Eesti_Ajutise_Maavalitsuse_haridusosakond, lk 71
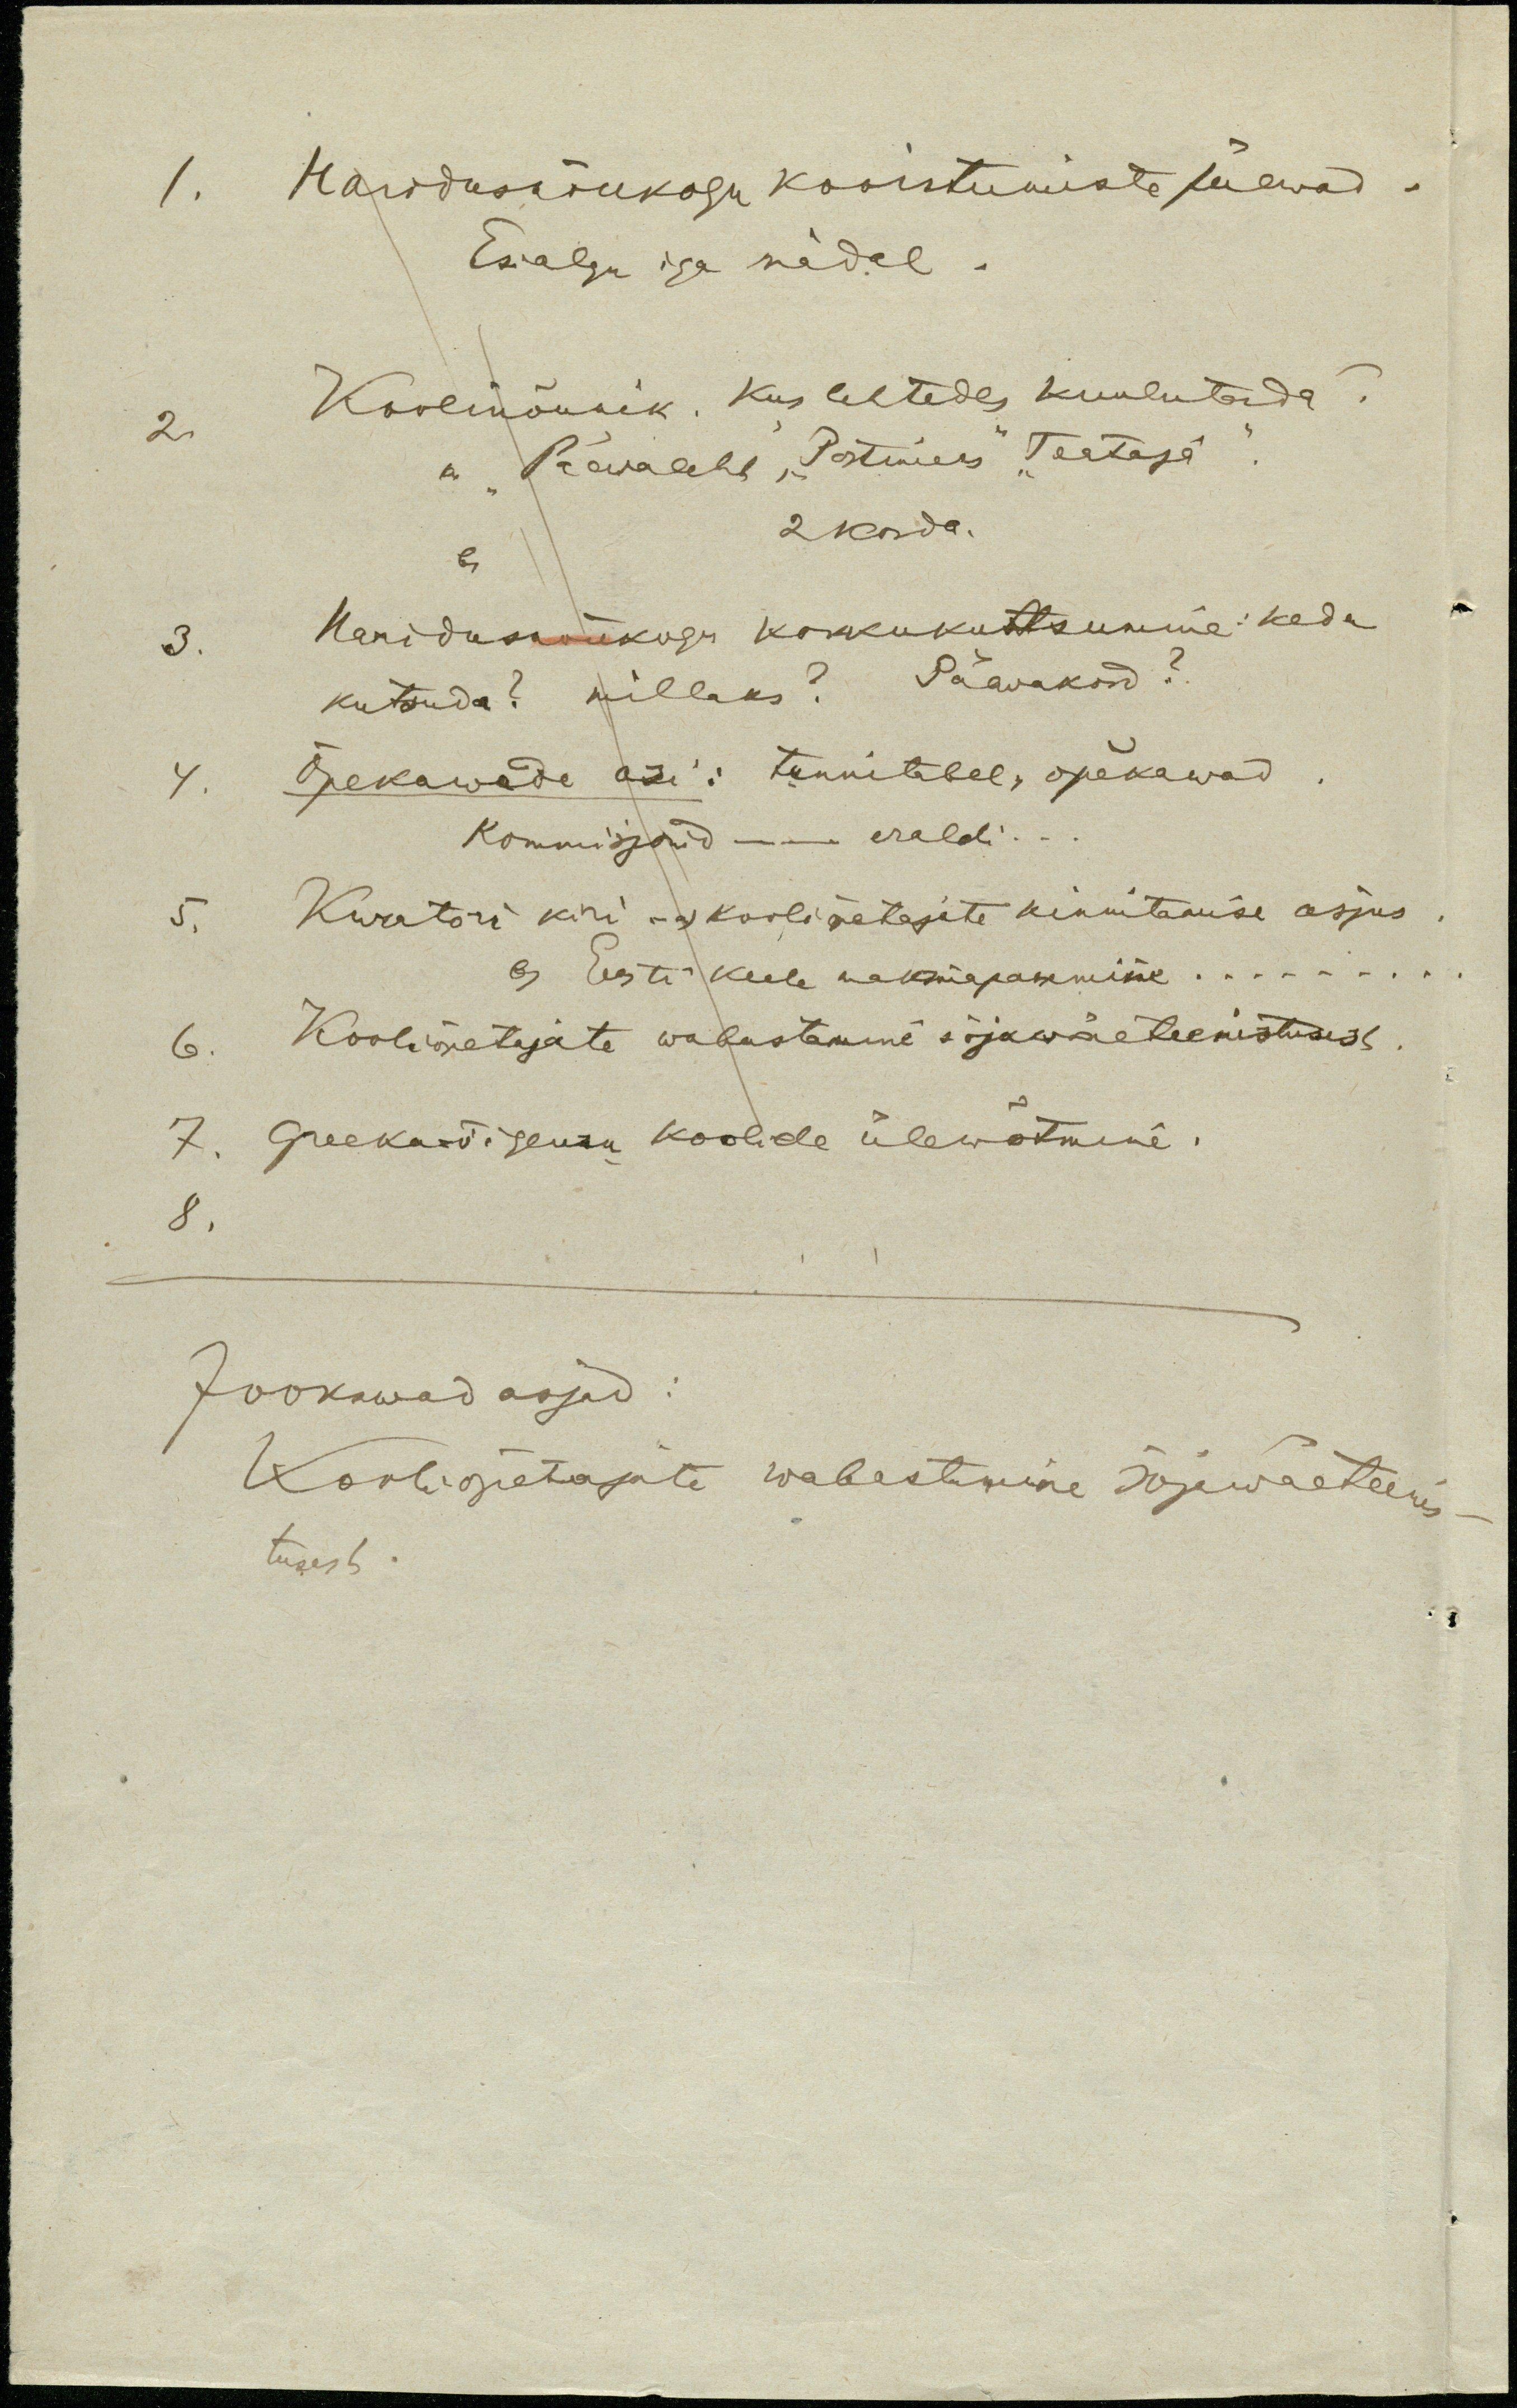
1. Haridusnõukogu kooistumiste päewad.
Esialgu iga nädal.
2
Koolinõunik. Kus lehtedes kuulutada.
a. "Päevaleht", "Postmees" "Teataja"
b. 2 korda.
3. Haridusnõukogu kokkukutsumine: keda
kutsuda? millaks? Päavakord?
4. Õpekawade asi: tunnitabel, õpekawad
kommisjonid - eraldi.
5. Kuratori kiri - a) kooliõpetajate kinnitamise asjus
b) Eesti keele maksmapanemisek...
6. Kooliõpetejate wabastamine sõjawäeteenistusest
7. Greeka õigeusu koolide ülewõtmine.
8.
Jookswad asjad:
Kooliõpetajate wabastamine sõjawäeteenis
tusest.